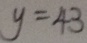
y = 4 3